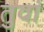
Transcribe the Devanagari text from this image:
तुवां